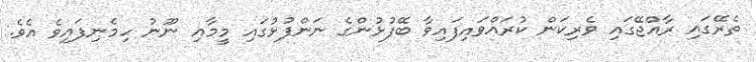
ތެރޭގައި ރާއްޖޭގައި ވެރިކަން ކުރައްވައިފައިވާ ބޭފުޅުންގެ ނަންފުޅުގައި މީމާއި ނޫނު ހިމެނިފައިވެ އެވެ.